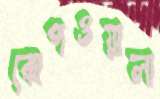
ঝোপওয়ালা